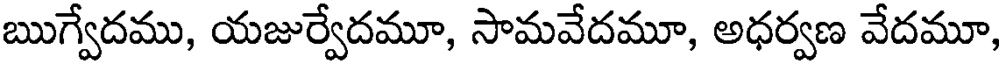
ఋగ్వేదము, యజుర్వేదమూ, సామవేదమూ, అధర్వణ వేదమూ,